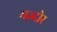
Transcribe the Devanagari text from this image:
मज़्दोर